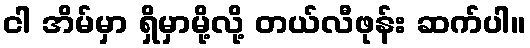
ငါ အိမ်မှာ ရှိမှာမို့လို့ တယ်လီဖုန်း ဆက်ပါ။